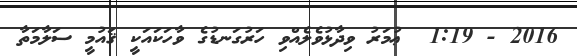
2016 - 1:19  ޢުމަރު ވިދާޅުވެލެއްވި ހަރުގަނޑުގެ ވާހަކައަކީ ޤައުމީ ސަލާމަތާ